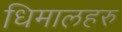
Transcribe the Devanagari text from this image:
धिमालहरु